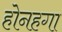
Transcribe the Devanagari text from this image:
होनहगा